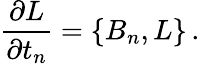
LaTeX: {\frac{\partial L}{\partial t_{n}}}=\{ B_{n},L\} \, .